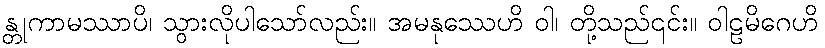
န္တုကာမဿာပိ၊ သွားလိုပါသော်လည်း။ အမနုဿေဟိ ဝါ၊ တို့သည်၎င်း။ ဝါဠမိဂေဟိ